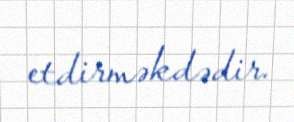
etdirməkdədir.